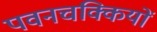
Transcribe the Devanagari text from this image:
पवनचक्कियों